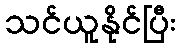
သင်ယူနိုင်ပြီး